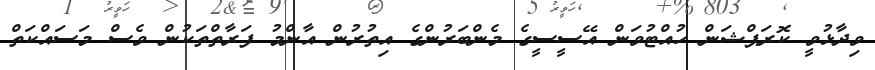
ވިދާޅުވީ ކޮރަޕްޝަން ހުއްޓުވަން އޭސީސީގެ މެންބަރުންގެ އިތުރުން އާންމު ފަރާތްތަކުން ވެސް މަސައްކަތް